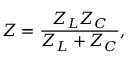
Z = { \frac { Z _ { L } Z _ { C } } { Z _ { L } + Z _ { C } } } ,